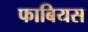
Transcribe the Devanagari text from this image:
फाबियस